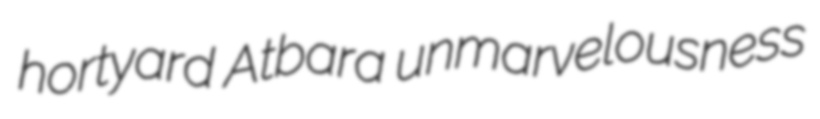
hortyard Atbara unmarvelousness